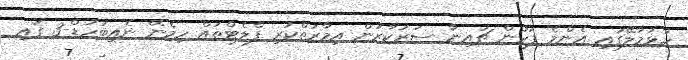
ހުޅުމާލޭގައި އެންމެ ފަހުން ޗައިނާ ސަރުކާރުން އިމާރަތްކުރި ފްލެޓްތައް ހިމެނޭ ނެއިބަހުޑް-3 ގައި